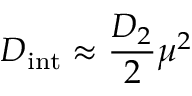
D _ { \mathrm { i n t } } \approx \frac { D _ { 2 } } { 2 } \mu ^ { 2 }